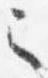
之